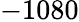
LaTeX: -1080